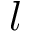
l